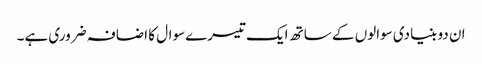
ان دو بنیادی سوالوں کے ساتھ ایک تیسرےسوال کا اضافہ ضروری ہے۔